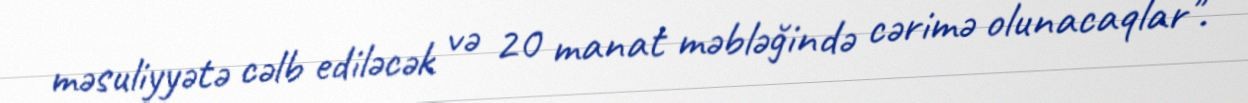
məsuliyyətə cəlb ediləcək və 20 manat məbləğində cərimə olunacaqlar".